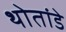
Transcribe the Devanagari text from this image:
थोतांडे